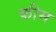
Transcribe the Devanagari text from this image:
कीम